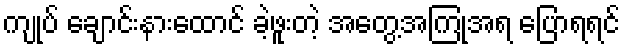
ကျုပ် ချောင်းနားထောင် ခဲ့ဖူးတဲ့ အတွေ့အကြုံအရ ပြောရရင်